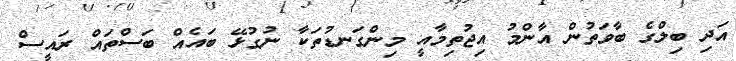
އަދި ބިލްގެ ބާވަތުން އާންމު އިޖުތިމާއީ މިންގަނޑުތަކާ ނުގުޅޭ ބައެއް ބަސްތައް ރައީސް